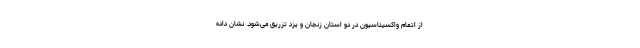
از اتمام واکسیناسیون در دو استان زنجان و یزد تزریق می‌شود. نشان داده